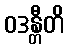
ဝဒန္တီတိ